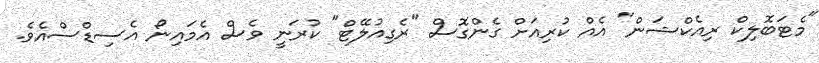
"މެޓަބޮލިކް ރިއެކްޝަން" އެއް ކުރިއަށް ގެންގޮސް "ރެގިއުލޭޓް" ކުރަނީ ވެސް އެމައިނޯ އެސިޑްސްއެވެ.